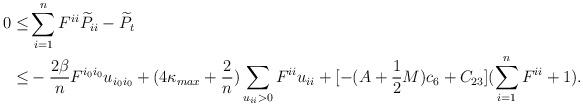
LaTeX: \begin{align*}0 \leq& \sum\limits_{i = 1}^n {F^{ii} \widetilde{P}_{ii} } - \widetilde{P}_t \\\leq& - \frac{2\beta } {{n}}F^{i_0 i_0 } u_{i_0 i_0 } + (4\kappa_{max}+ \frac{2}{n}) \sum\limits_{u_{ii} > 0} {F^{ii} u_{ii} } + [- (A + \frac{1} {2}M)c_6 + C_{23}](\sum\limits_{i = 1}^n {F^{ii} } + 1).\end{align*}